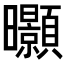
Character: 𭨖